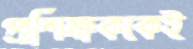
প্রশিক্ষককেই